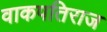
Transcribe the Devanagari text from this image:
वाकपतिराज